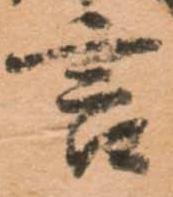
言